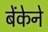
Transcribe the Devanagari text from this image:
बेंकेने